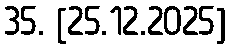
35. [25.12.2025]